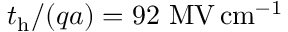
t _ { \mathrm { h } } / ( q a ) = 9 2 ~ \mathrm { M V \, c m ^ { - 1 } }